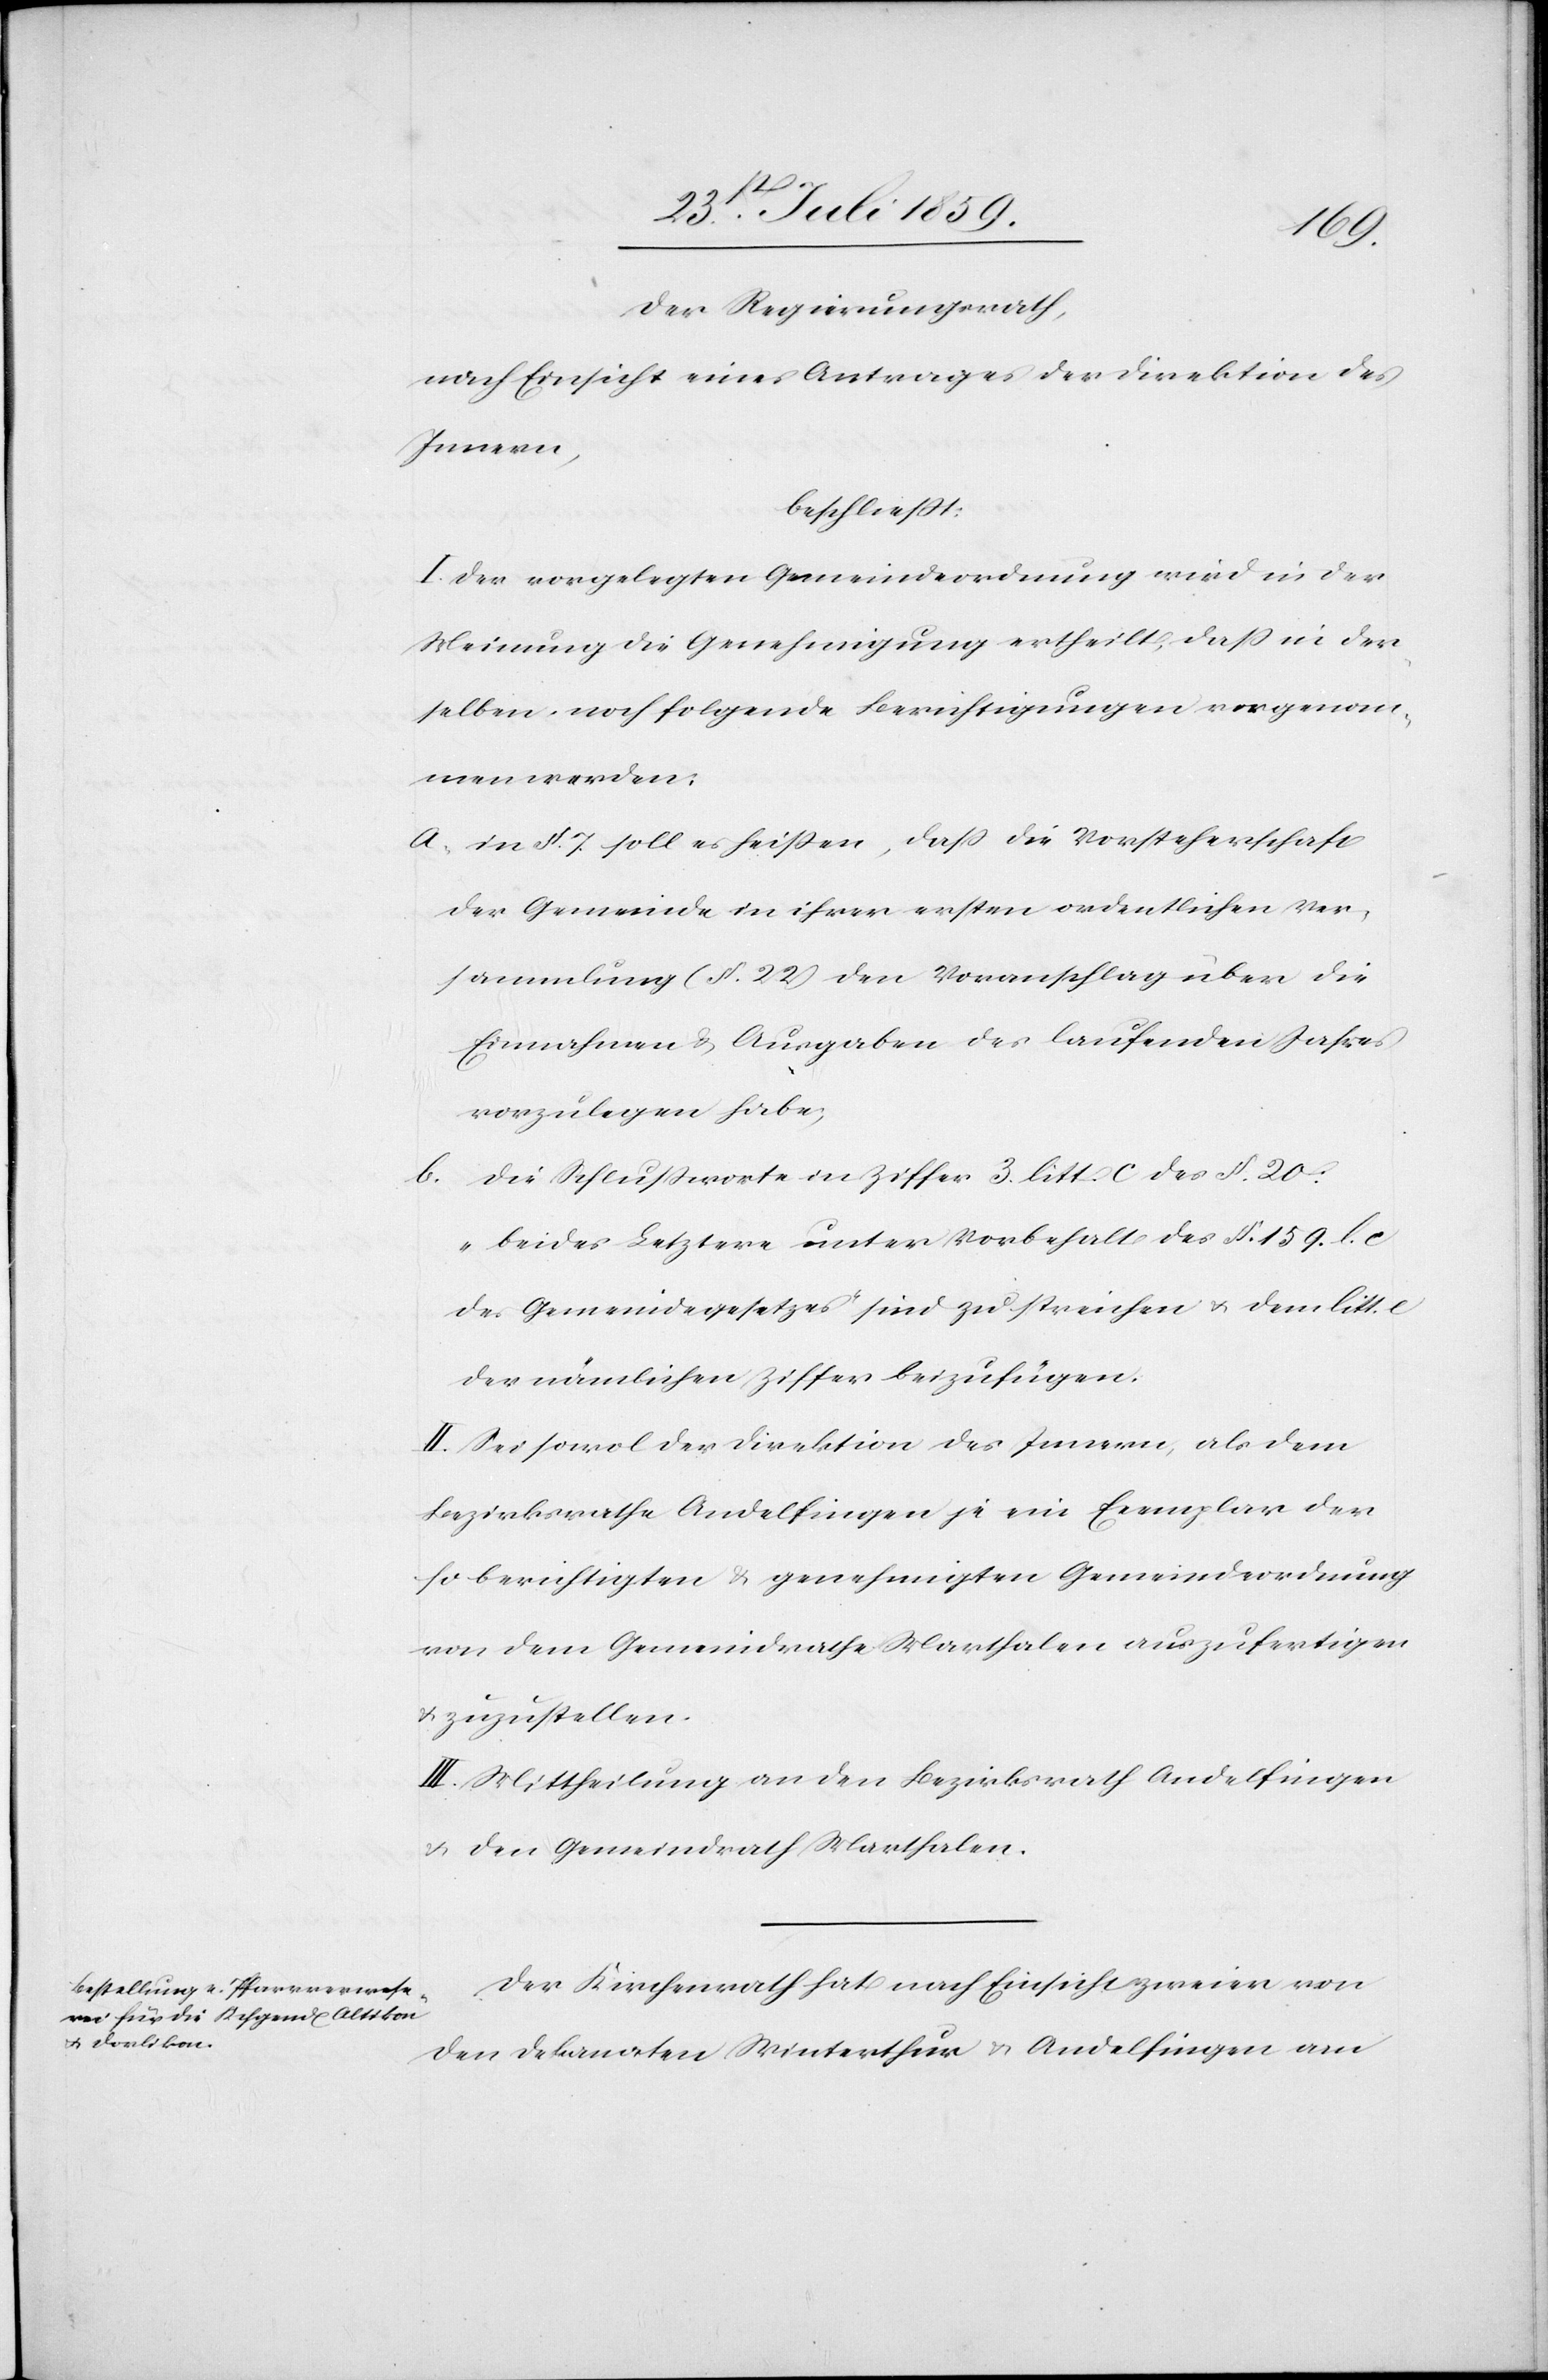
der Regierungsrath,
nach Einsicht eines Antrages der Direktion des
Innern,
beschließt:
I. Der vorgelegten Gemeindeordnung wird in der
Meinung die Genehmigung ertheilt, daß in der¬
selben, noch folgende Berichtigungen vorgenom¬
men werden:
a. in § 7. soll es heißen, daß die Vorsteherschaft
der Gemeinde in ihrer ersten ordentlichen Ver¬
sammlung (§. 22) den Voranschlag über die
Einnahmen u. Ausgaben des laufenden Jahres
vorzulegen habe,
Die Schlußworte in Ziffer 3. litt. c des §. 20:
„beides Letztere unter Vorbehalt des § 159. l.
des Gemeindegesetzes“ sind zu streichen u. dem litt. c
der nämlichen Ziffer beizufügen.
II. Sei sowol der Direktion des Innern, als dem
Bezirksrathe Andelfingen je ein Exemplar der
so berichtigten u. genehmigten Gemeindeordnung
von dem Gemeindrathe Marthalen auszufertigen
u. zuzustellen.
III. Mittheilung an den Bezirksrath Andelfingen
u. den Gemeindrath Marthalen.
Der Kirchenrath hat nach Einsicht zweier von
den Dekanaten Winterthur u. Andelfingen am